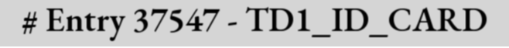
# Entry 37547 - TD1_ID_CARD